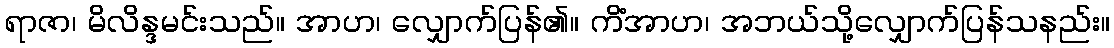
ရာဇာ၊ မိလိန္ဒမင်းသည်။ အာဟ၊ လျှောက်ပြန်၏။ ကိံအာဟ၊ အဘယ်သို့လျှောက်ပြန်သနည်း။